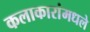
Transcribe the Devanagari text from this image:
कलाकारांमधले